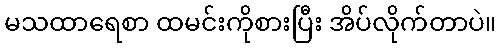
မသထာရေစာ ထမင်းကိုစားပြီး အိပ်လိုက်တာပဲ။